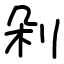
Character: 剁